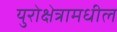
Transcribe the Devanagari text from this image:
युरोक्षेत्रामधील